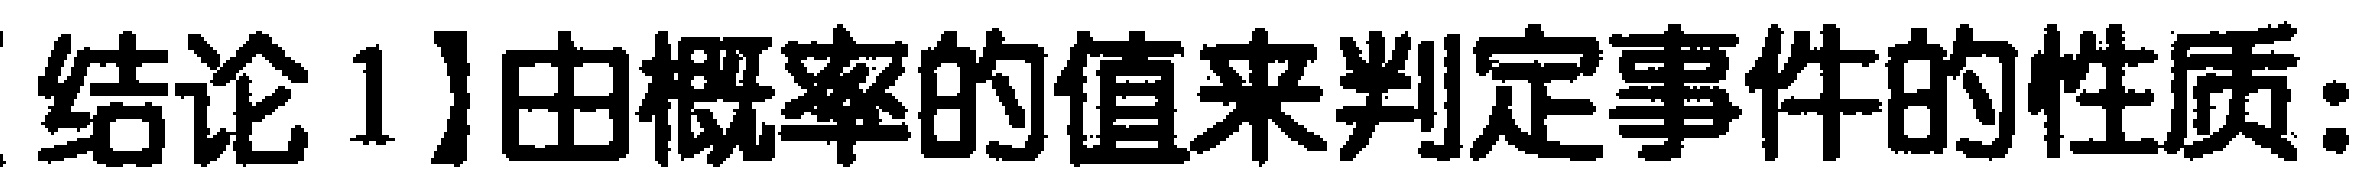
【结论 1】由概率的值来判定事件的性质：